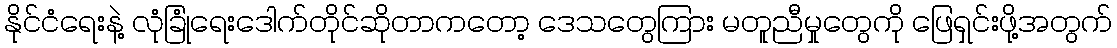
နိုင်ငံရေးနဲ့ လုံခြုံရေးဒေါက်တိုင်ဆိုတာကတော့ ဒေသတွေကြား မတူညီမှုတွေကို ဖြေရှင်းဖို့အတွက်